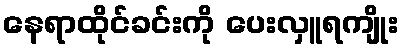
နေရာထိုင်ခင်းကို ပေးလှူရကျိုး